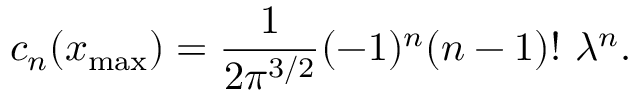
c _ { n } ( x _ { \mathrm { m a x } } ) = { \frac { 1 } { 2 \pi ^ { 3 / 2 } } } ( - 1 ) ^ { n } ( n - 1 ) ! \ \lambda ^ { n } .